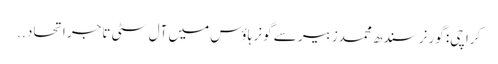
کراچی: گورنر سندھ محمدزبیر سے گونر ہاؤس میں آل سٹی تاجر اتحاد ..